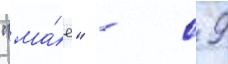
"ма́е" - с 9